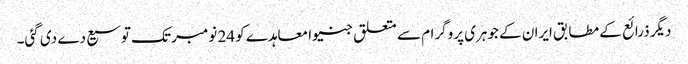
دیگر ذرائع کے مطابق ایران کے جوہری پروگرام سے متعلق جنیوا معاہدے کو 24 نومبر تک توسیع دے دی گئی۔